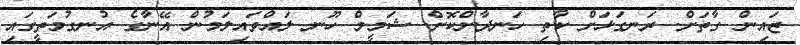
ޒައިން ގާތަށް. ރަނގަޅަށް ކާތި ހަނދާންކޮށް. ޝަމީމް ހޫނ ލައްވައިލަމުން އޭނާގެ އުނގުމަތީގައި